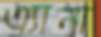
এ্যানা